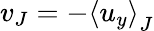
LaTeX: v_{J}=-\left<u_{y}\right>_{J}